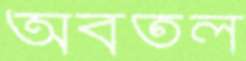
অবতল